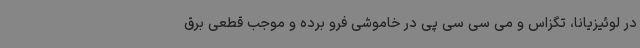
در لوئیزیانا، تگزاس و می سی سی پی در خاموشی فرو برده و موجب قطعی برق